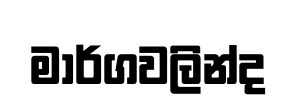
මාර්ගවලින්ද